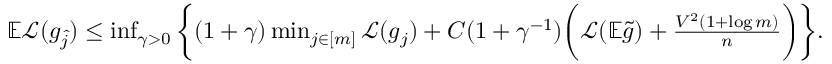
\begin{array} { r } { \mathbb { E } \mathcal { L } ( g _ { \widehat { j } } ) \leq \operatorname* { i n f } _ { \gamma > 0 } \bigg \{ ( 1 + \gamma ) \operatorname* { m i n } _ { j \in [ m ] } \mathcal { L } ( g _ { j } ) + C ( 1 + \gamma ^ { - 1 } ) \bigg ( \mathcal { L } ( \mathbb { E } \widetilde { g } ) + \frac { V ^ { 2 } ( 1 + \log m ) } { n } \bigg ) \bigg \} . } \end{array}